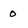
Character: 0